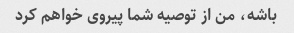
باشه، من از توصیه شما پیروی خواهم کرد